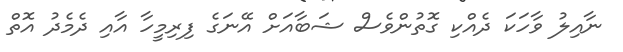
ނާއިލު ވާހަކަ ދެއްކި ގޮތުންވެސް ޝަބާއަށް އޭނަގެ ފިރިމީހާ އާއި ދެމެދު އޮތް